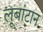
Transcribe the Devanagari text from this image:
लूबांटान